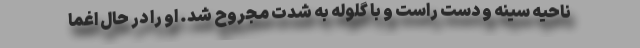
ناحیه سینه و دست راست و با گلوله به شدت مجروح شد. او را در حال اغما